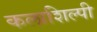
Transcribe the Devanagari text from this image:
कलाशिल्पी